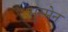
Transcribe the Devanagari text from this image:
सुस्मेन